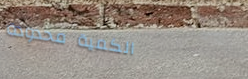
الكمية محدودة